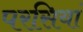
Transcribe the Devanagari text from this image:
परसियां